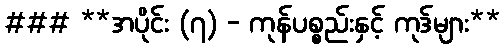
### **အပိုင်း (၇) - ကုန်ပစ္စည်းနှင့် ကုဒ်များ**